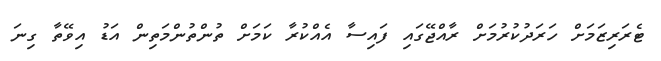
ޓެރަރިޒަމަށް ހަރަދުކުރުމަށް ރާއްޖޭގައި ފައިސާ އެއްކުރާ ކަމަށް ތުންތުންމަތިން އަޑު އިވޭތާ ގިނަ